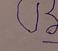
Signature authenticity: forged